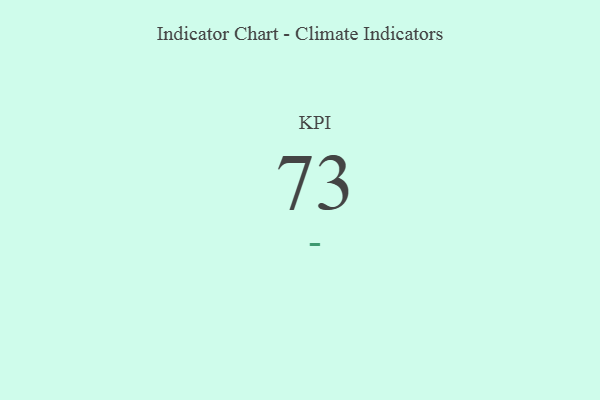
{"axis": {"x": "KPI", "y": "Value"}, "legend": [""], "data": [{"x": "KPI", "y": 73, "type": ""}]}